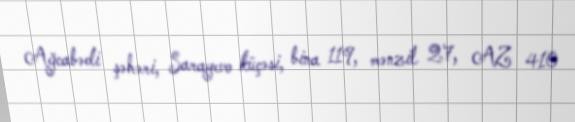
Ağcabədi şəhəri, Sarayevo küçəsi, bina 119, mənzil 27, AZ 410